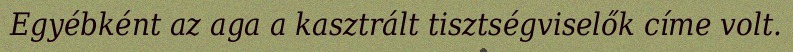
Egyébként az aga a kasztrált tisztségviselők címe volt.